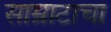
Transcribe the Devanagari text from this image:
साम्राटाचा